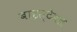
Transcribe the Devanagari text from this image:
बाइस्टेबल